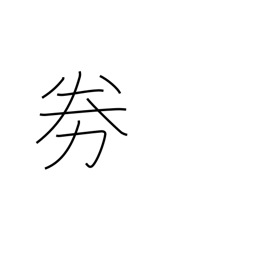
Meaning: become fatigued